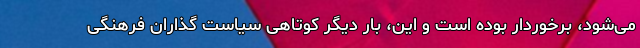
می‌شود، برخوردار بوده است و این، بار دیگر کوتاهیِ سیاست گذاران فرهنگی